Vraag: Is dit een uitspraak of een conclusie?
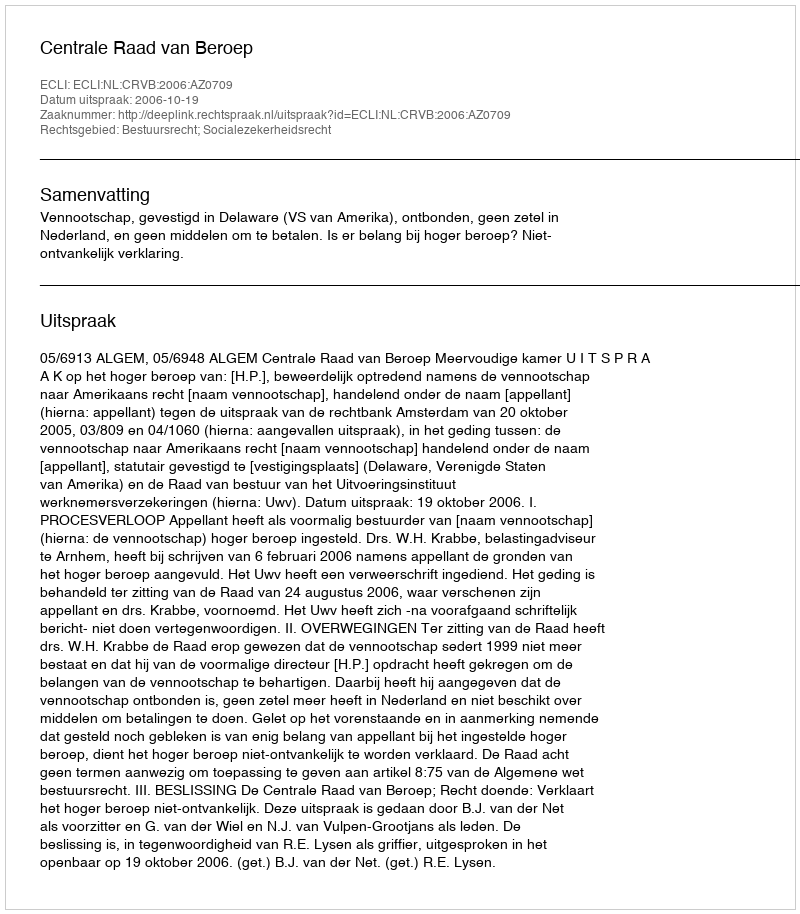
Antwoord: Uitspraak